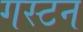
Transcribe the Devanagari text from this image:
गस्टन